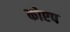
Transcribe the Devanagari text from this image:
कोएप